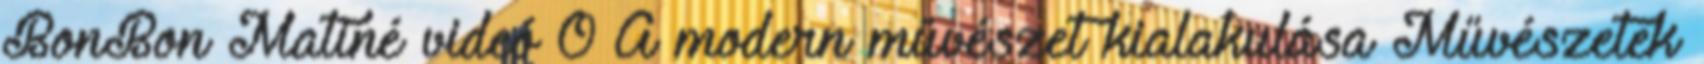
BonBon Matiné videó 0 A modern művészet kialakulása Művészetek